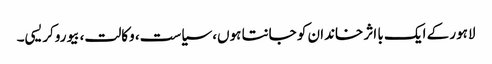
لاہور کے ایک با اثر خاندان کو جانتا ہوں، سیاست، وکالت، بیوروکریسی۔